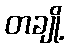
တချို့